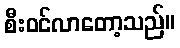
စီးဝင်လာတော့သည်။